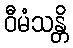
ဝီမံသန္တိ